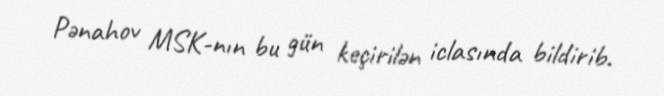
Pənahov MSK-nın bu gün keçirilən iclasında bildirib.